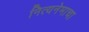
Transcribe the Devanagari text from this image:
नित्यनेमाचा